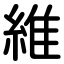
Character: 維